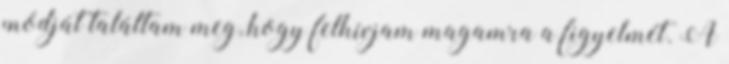
módját találtam meg, hogy felhívjam magamra a figyelmét. A